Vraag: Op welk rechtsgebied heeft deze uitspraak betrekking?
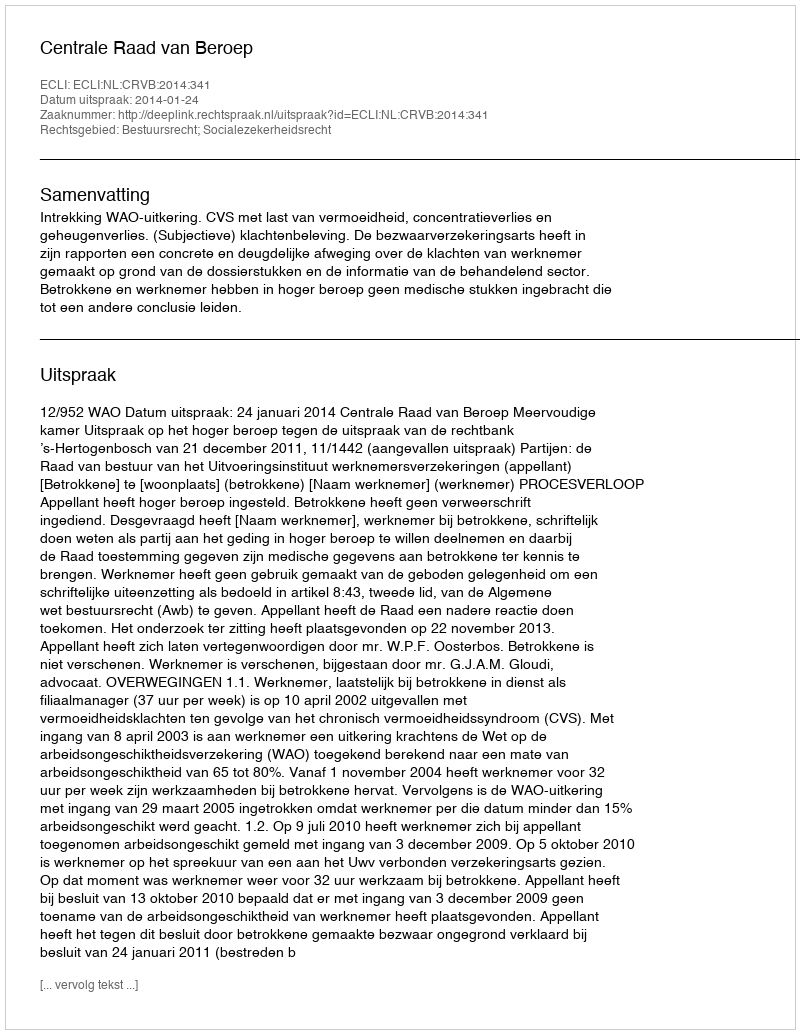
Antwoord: Bestuursrecht; Socialezekerheidsrecht